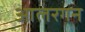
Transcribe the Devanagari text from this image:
आलरगन